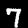
Label: 7